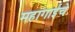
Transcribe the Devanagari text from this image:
महागाईचे